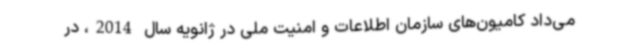
می‌داد کامیون‌های سازمان اطلاعات و امنیت ملی در ژانویه سال 2014، در